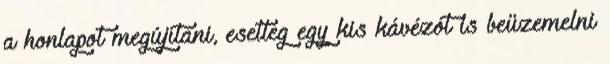
a honlapot megújítani, esetleg egy kis kávézót is beüzemelni